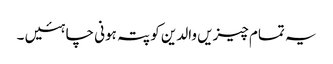
یہ تمام چیزیں والدین کو پتہ ہونی چاہئیں ۔